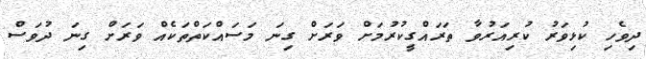
ދިވެހި ކުޅިވަރު ކުރިއަރުވާ ތަރައްގީކުރުމަށް ވަރަށް ގިނަ މަސައްކަތްތަކެއް ވަރަށް ގިނަ ދުވަސް